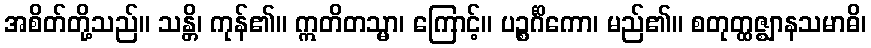
အစိတ်တို့သည်။ သန္တိ၊ ကုန်၏။ ဣတိတသ္မာ၊ ကြောင့်။ ပဉ္စင်္ဂိကော၊ မည်၏။ စတုတ္ထဇ္ဈာနသမာဓိ၊